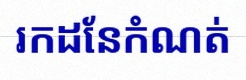
រកដែនកំណត់